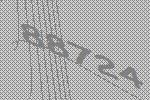
88724